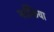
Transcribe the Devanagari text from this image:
नर्तकिया